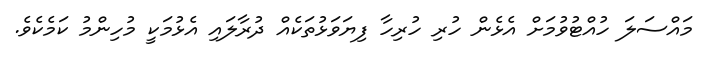
މައްސަލަ ހުއްޓުވުމަށް އެޅެން ހުރި ހުރިހާ ފިޔަވަޅުތަކެއް ދުރާލައި އެޅުމަކީ މުހިންމު ކަމެކެވެ.